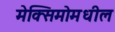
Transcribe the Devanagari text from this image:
मेक्सिमोमधील